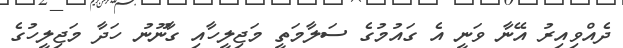
ދެއްވިއިރު އޭނާ ވަނީ އެ ގައުމުގެ ސަލާމަތީ މަޖިލީހާއި ގާނޫނު ހަދާ މަޖިލީހުގެ